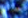
تجديد